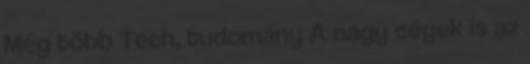
Még több Tech, tudomány A nagy cégek is az